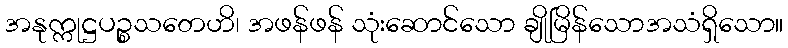
အနုက္ကုဋ္ဌပဉ္စသတေဟိ၊ အဖန်ဖန် သုံးဆောင်သော ချိုမြိန်သောအသံရှိသော။